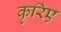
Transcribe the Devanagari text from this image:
कृरिए